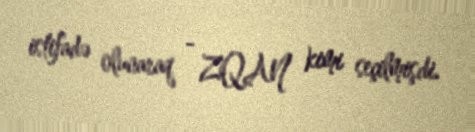
istifadə olunaraq - ZQAN kimi seçilmişdi.